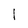
Character: l